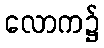
လောက၌